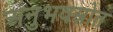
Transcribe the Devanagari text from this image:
अनुभवस्रोत